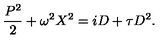
\frac { P ^ { 2 } } { 2 } + \omega ^ { 2 } X ^ { 2 } = i D + \tau D ^ { 2 } .